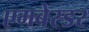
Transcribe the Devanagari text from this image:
एमबेस्डर